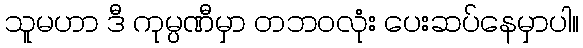
သူမဟာ ဒီ ကုမ္ပဏီမှာ တဘဝလုံး ပေးဆပ်နေမှာပါ။